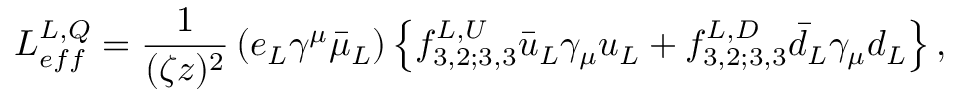
L _ { e f f } ^ { L , Q } = \frac { 1 } { ( \zeta z ) ^ { 2 } } \left( e _ { L } \gamma ^ { \mu } \bar { \mu } _ { L } \right) \left\{ f _ { 3 , 2 ; 3 , 3 } ^ { L , U } \bar { u } _ { L } \gamma _ { \mu } u _ { L } + f _ { 3 , 2 ; 3 , 3 } ^ { L , D } \bar { d } _ { L } \gamma _ { \mu } d _ { L } \right\} ,